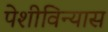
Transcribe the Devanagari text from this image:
पेशीविन्यास